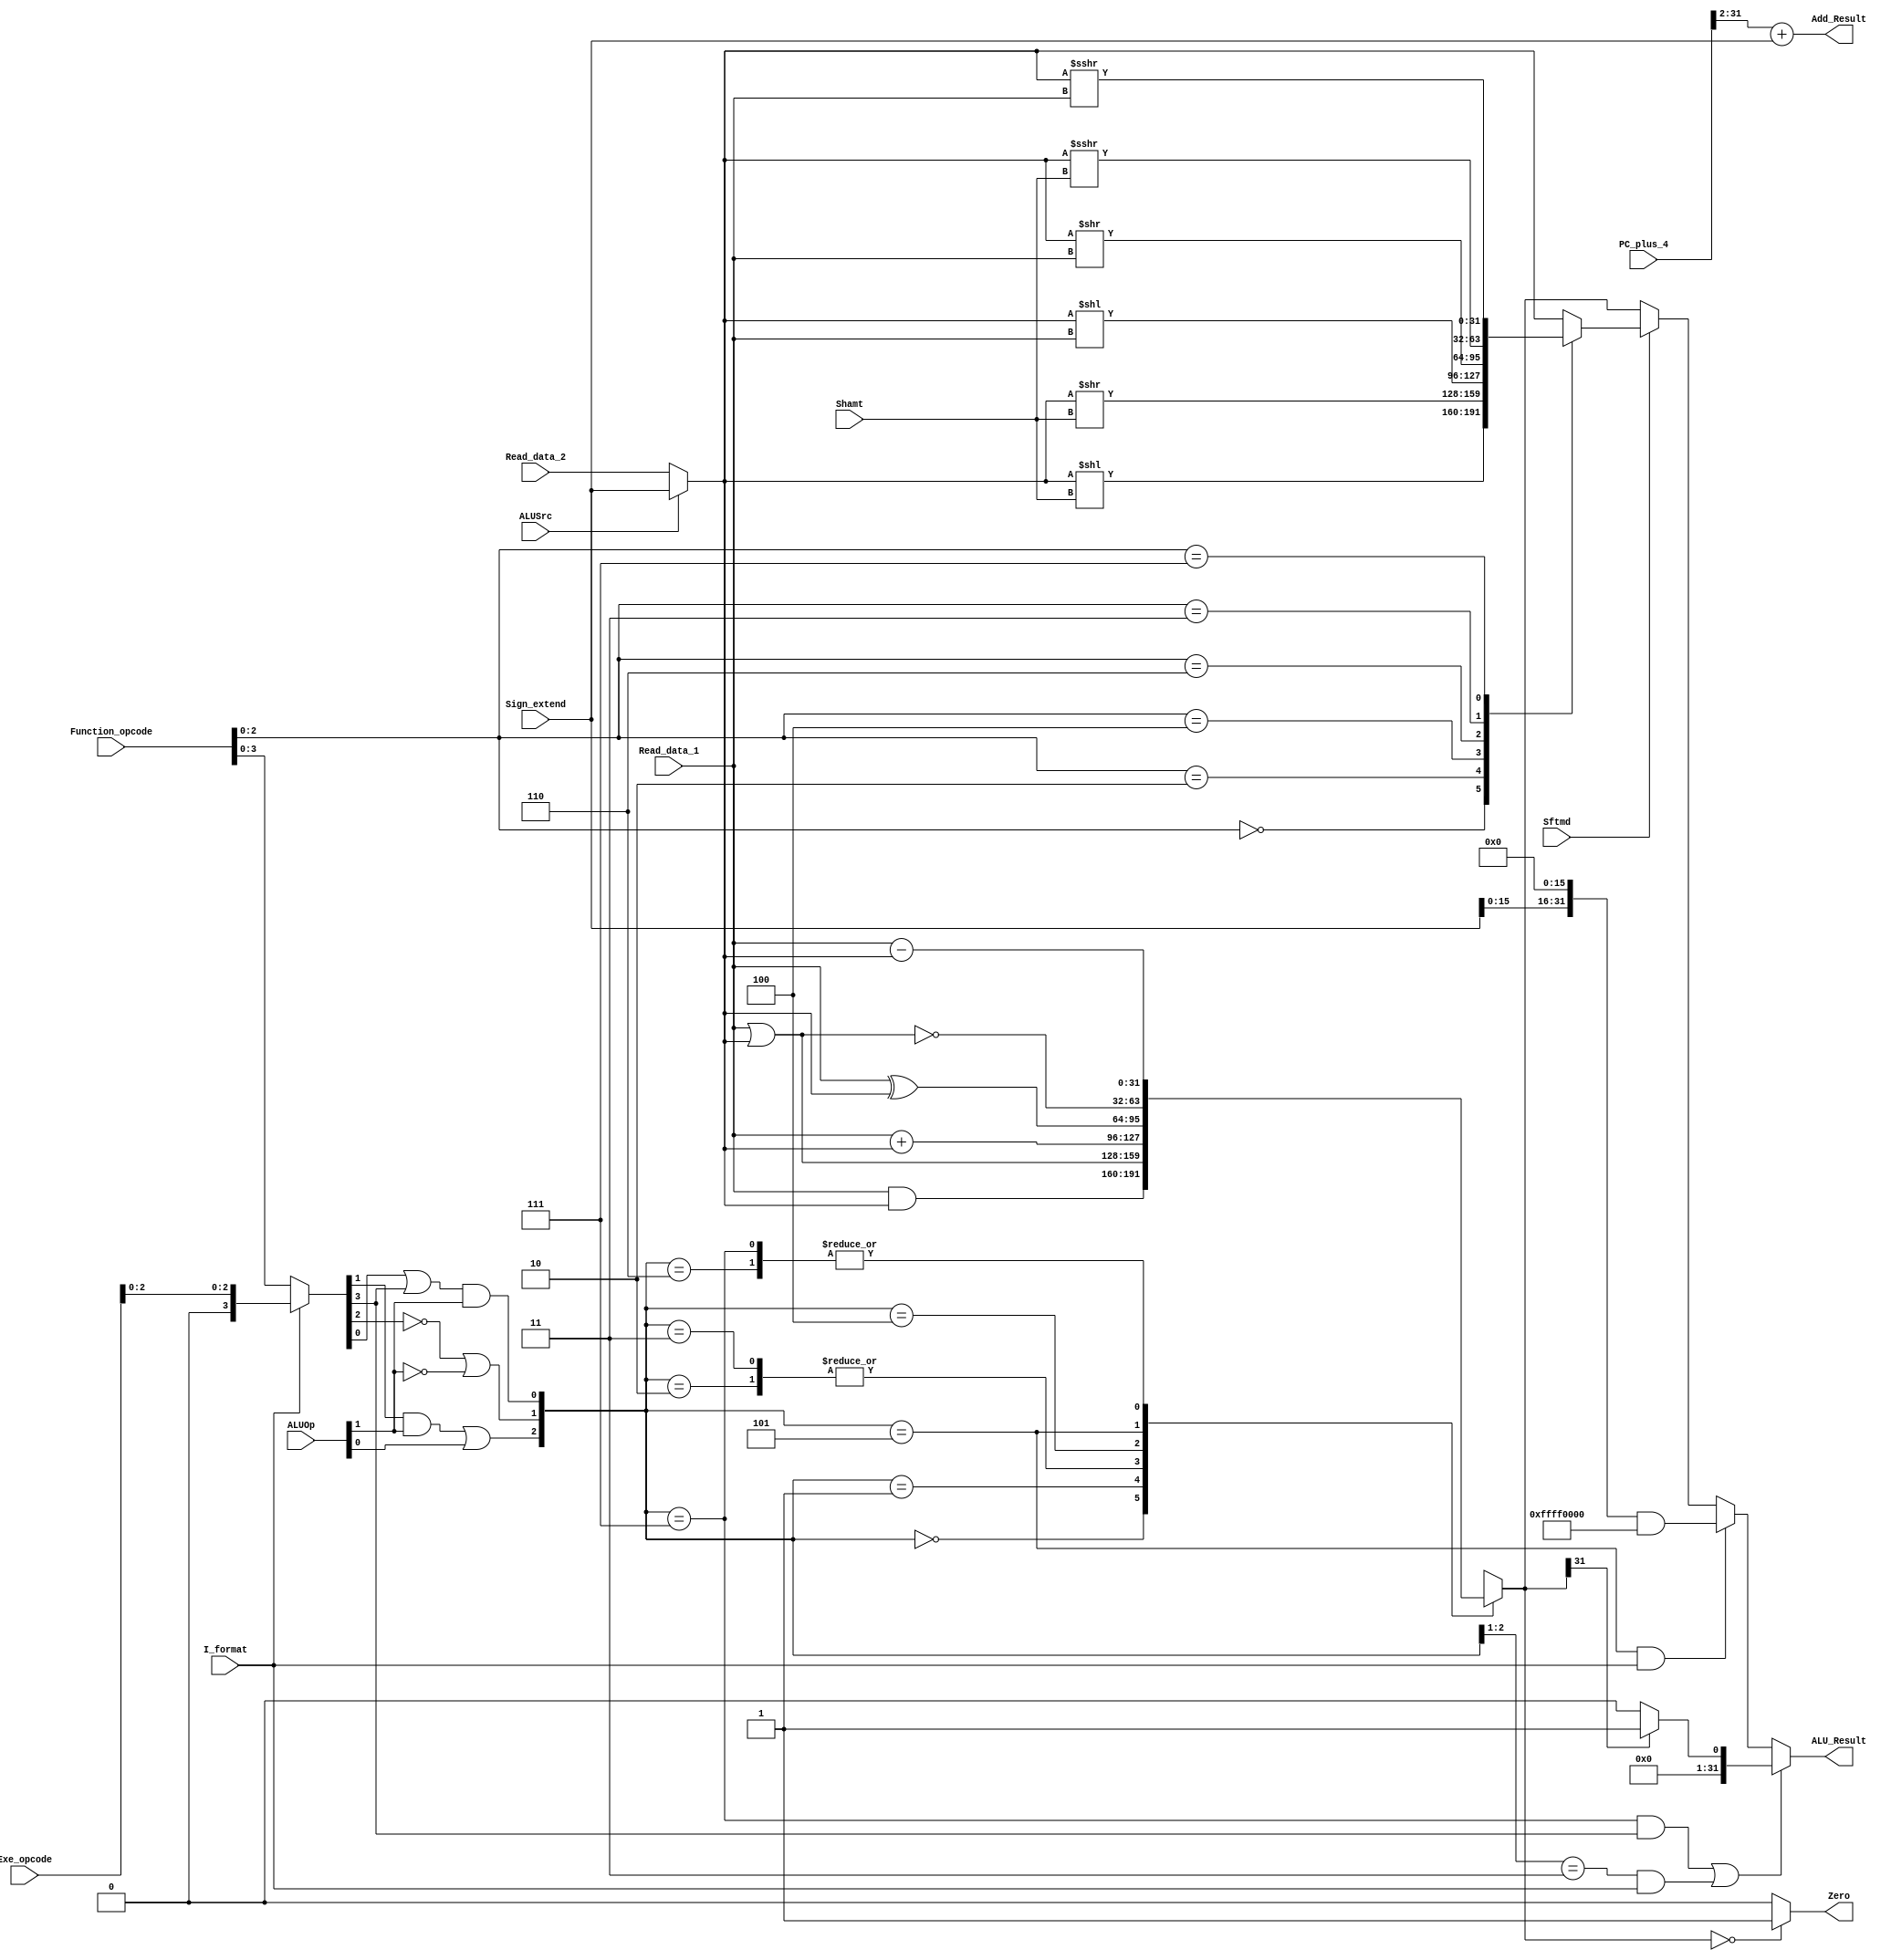
`timescale 1ns / 1ps
//////////////////////////////////////////////////////////////////////////////////

module Executs32(Read_data_1,Read_data_2,Sign_extend,Function_opcode,Exe_opcode,ALUOp,
                 Shamt,ALUSrc,I_format,Zero,Sftmd,ALU_Result,Add_Result,PC_plus_4
                 );
    input[31:0]  Read_data_1;		//r-form rs
    input[31:0]  Read_data_2;		//r-form rt
    input[31:0]  Sign_extend;		//i-form
    input[5:0]   Function_opcode;  	//r-form instructions[5..0]
    input[5:0]   Exe_opcode;  		//op code
    input[1:0]   ALUOp;
    input[4:0]   Shamt;
    input  		 Sftmd;
    input        ALUSrc;
    input        I_format;
    output       Zero;
    output[31:0] ALU_Result;
    output[31:0] Add_Result;		//pc op        
    input[31:0]  PC_plus_4;
    
    reg[31:0] ALU_Result;
    wire[31:0] Ainput,Binput;
    reg[31:0] Cinput,Dinput;
    reg[31:0] Einput,Finput;
    reg[31:0] Ginput,Hinput;
    reg[31:0] Sinput;
    reg[31:0] ALU_output_mux;
    wire[32:0] Branch_Add;
    wire[2:0] ALU_ctl;
    wire[5:0] Exe_code;
    wire[2:0] Sftm;
    wire Sftmd;
    reg s;
    
    assign Sftm = Function_opcode[2:0];   // (
    assign Exe_code = (I_format==0) ? Function_opcode : {3'b000,Exe_opcode[2:0]};
    assign Ainput = Read_data_1;
    assign Binput = (ALUSrc == 0) ? Read_data_2 : Sign_extend[31:0]; //R/LW,SW  sft  elseLWSW
    assign ALU_ctl[0] = (Exe_code[0] | Exe_code[3]) & ALUOp[1];      //24H AND 
    assign ALU_ctl[1] = ((!Exe_code[2]) | (!ALUOp[1]));
    assign ALU_ctl[2] = (Exe_code[1] & ALUOp[1]) | ALUOp[0];
 


always @* begin  // 6
       if(Sftmd)
        case(Sftm[2:0])
            3'b000:Sinput = Binput << Shamt;    		   //Sll rd,rt,shamt  00000
            3'b010:Sinput = Binput >> Shamt; 		       //Srl rd,rt,shamt  00010
            3'b100:Sinput = Binput << Ainput;                   //Sllv rd,rt,rs 000100
            3'b110:Sinput = Binput >> Ainput;                   //Srlv rd,rt,rs 000110
            3'b011:Sinput = $signed(Binput) >>> Shamt;         		//Sra rd,rt,shamt 00011
            3'b111:Sinput = $signed(Binput) >>> Ainput;		        //Srav rd,rt,rs 00111
            default:Sinput = Binput;
        endcase
       else Sinput = Binput;
    end
 
    always @* begin
        if(((ALU_ctl==3'b111) && (Exe_code[3]==1))||((ALU_ctl[2:1]==2'b11) && (I_format==1))) //slti(sub)  SLT
            ALU_Result = (ALU_output_mux[31]==1'b1)? 32'd1:32'd0;   
        else if((ALU_ctl==3'b101) && (I_format==1)) ALU_Result[31:0] = (Sign_extend<<16) & 32'hffff0000;
        else if(Sftmd==1) ALU_Result = Sinput; 
        else  ALU_Result = ALU_output_mux[31:0]; //otherwise
    end
 
    assign Branch_Add = PC_plus_4[31:2] + Sign_extend[31:0];
    assign Add_Result = Branch_Add[31:0];   //PC416
    assign Zero = (ALU_output_mux[31:0]== 32'h00000000) ? 1'b1 : 1'b0;
    
    always @(ALU_ctl or Ainput or Binput) begin
        case(ALU_ctl)
            3'b000:ALU_output_mux = Ainput & Binput;
            3'b001:ALU_output_mux = Ainput | Binput;
            3'b010:ALU_output_mux = Ainput + Binput;
            3'b011:ALU_output_mux = Ainput + Binput; 
            3'b100:ALU_output_mux = Ainput ^ Binput;
            3'b101:ALU_output_mux = ~(Ainput | Binput);
            3'b110:ALU_output_mux = Ainput - Binput;
            3'b111:ALU_output_mux = Ainput - Binput;
            default:ALU_output_mux = 32'h00000000;
        endcase
    end
endmodule